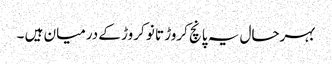
بہرحال یہ پانچ کروڑ تا نو کروڑ کے درمیان ہیں ۔